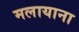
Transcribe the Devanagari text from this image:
मलायाना